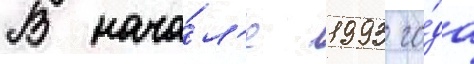
В нача́л'е 1993 го́да